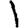
Digit: 1